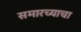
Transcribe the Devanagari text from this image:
समारच्याचा